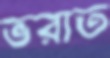
ভরাত